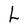
Character: L